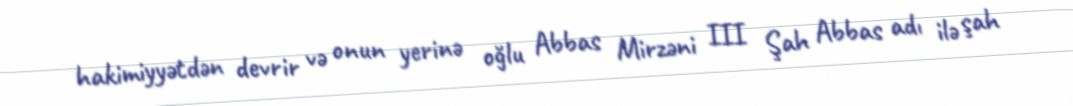
hakimiyyətdən devrir və onun yerinə oğlu Abbas Mirzəni III Şah Abbas adı ilə şah